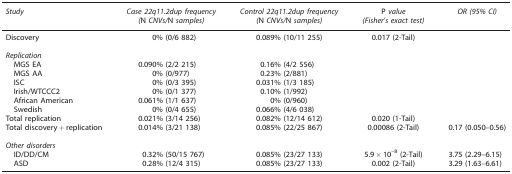
<table><thead><tr><td><b><i>Study</i></b></td><td><b><i>Case 22q11.2dup frequency (</i>N <i>CNVs/</i>N <i>samples)</i></b></td><td><b><i>Control 22q11.2dup frequency (</i>N <i>CNVs/</i>N <i>samples)</i></b></td><td><b>P <i>value (Fisher&#x27;s exact test)</i></b></td><td><b><i>OR (95% CI)</i></b></td></tr></thead><tbody><tr><td>Discovery</td><td>0% (0/6 882)</td><td>0.089% (10/11 255)</td><td>0.017 (2-Tail)</td><td> </td></tr><tr><td> </td><td> </td><td> </td><td> </td><td> </td></tr><tr><td colspan="5"><i>Replication</i></td></tr><tr><td> MGS EA</td><td>0.090% (2/2 215)</td><td>0.16% (4/2 556)</td><td> </td><td> </td></tr><tr><td> MGS AA</td><td>0% (0/977)</td><td>0.23% (2/881)</td><td> </td><td> </td></tr><tr><td> ISC</td><td>0% (0/3 395)</td><td>0.031% (1/3 185)</td><td> </td><td> </td></tr><tr><td> Irish/WTCCC2</td><td>0% (0/1 377)</td><td>0.10% (1/992)</td><td> </td><td> </td></tr><tr><td> African American</td><td>0.061% (1/1 637)</td><td>0% (0/960)</td><td> </td><td> </td></tr><tr><td> Swedish</td><td>0% (0/4 655)</td><td>0.066% (4/6 038)</td><td> </td><td> </td></tr><tr><td>Total replication</td><td>0.021% (3/14 256)</td><td>0.082% (12/14 612)</td><td>0.020 (1-Tail)</td><td> </td></tr><tr><td>Total discovery+replication</td><td>0.014% (3/21 138)</td><td>0.085% (22/25 867)</td><td>0.00086 (2-Tail)</td><td>0.17 (0.050–0.56)</td></tr><tr><td> </td><td> </td><td> </td><td> </td><td> </td></tr><tr><td colspan="5"><i>Other disorders</i></td></tr><tr><td> ID/DD/CM</td><td>0.32% (50/15 767)</td><td>0.085% (23/27 133)</td><td>5.9 × 10<sup>–8</sup> (2-Tail)</td><td>3.75 (2.29–6.15)</td></tr><tr><td> ASD</td><td>0.28% (12/4 315)</td><td>0.085% (23/27 133)</td><td>0.002 (2-Tail)</td><td>3.29 (1.63–6.61)</td></tr></tbody></table>